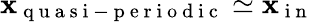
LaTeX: \mathbf{x}_{\mathrm{{~q~u~a~s~i~-~p~e~r~i~o~d~i~c~}}}\simeq\mathbf{x}_{\mathrm{{~i~n~}}}